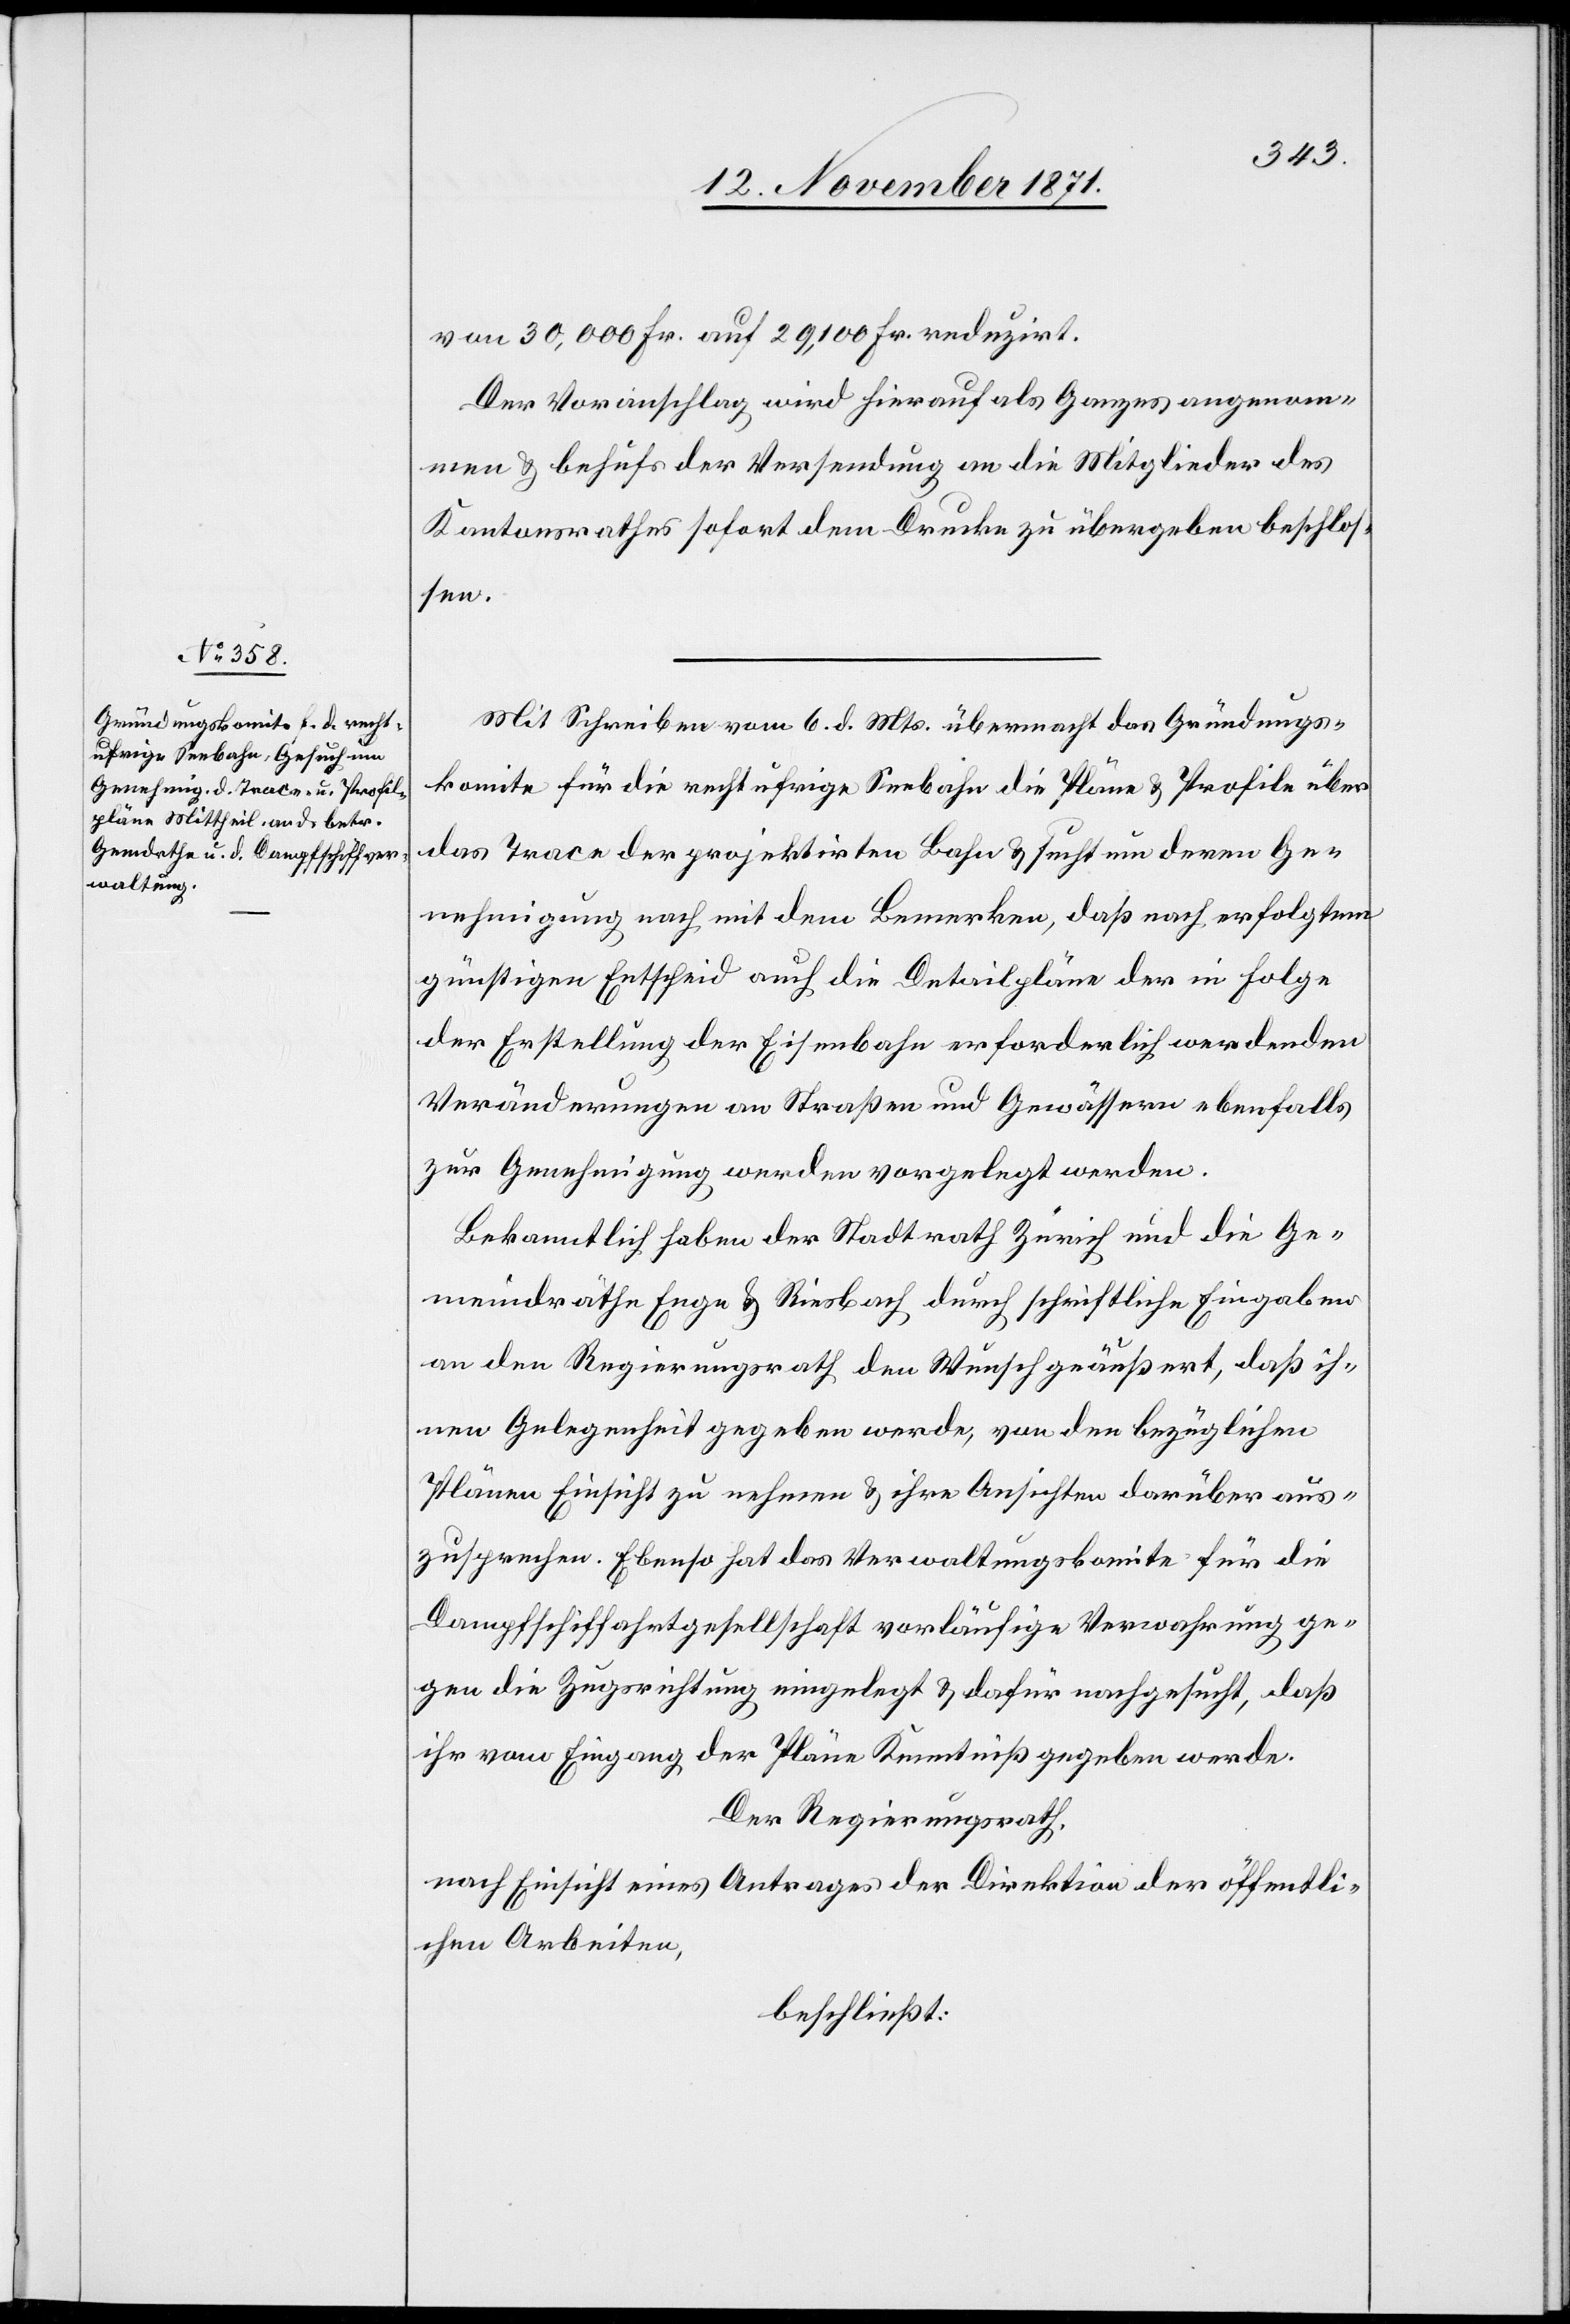
von 30,000 Fr. auf 29,100 Fr. reduzirt.
Der Voranschlag wird hierauf als Ganzes angenom¬
men & behufs der Versendung an die Mitglieder des
Kantonsrathes sofort dem Drucke zu übergeben beschlos¬
sen.
Mit Schreiben vom 6. d. Mts. übermacht das Gründungs¬
komite für die rechtufrige Seebahn die Pläne & Profile über
das Trace der projektirten Bahn & sucht um deren Ge¬
nehmigung nach mit dem Bemerken, daß nach erfolgtem
günstigen Entscheid auch die Detailpläne der in Folge
der Erstellung der Eisenbahn erforderlich werdenden
Veränderungen an Straßen und Gewässern ebenfalls
zur Genehmigung werden vorgelegt werden.
Bekanntlich haben der Stadtrath Zürich und die Ge¬
meindräthe Enge & Riesbach durch schriftliche Eingaben
an den Regierungsrath den Wunsch geäußert, daß ih¬
nen Gelegenheit gegeben werde, von den bezüglichen
Plänen Einsicht zu nehmen & ihre Ansichten darüber aus¬
zusprechen. Ebenso hat das Verwaltungskomite für die
Dampfschiffahrtgesellschaft vorläufige Verwahrung ge¬
gen die Zugsrichtung eingelegt & dafür nachgesucht, daß
ihr vom Eingang der Pläne Kenntniß gegeben werde.
Der Regierungsrath,
nach Einsicht eines Antrages der Direktion der öffentli¬
chen Arbeiten,
beschließt: